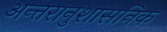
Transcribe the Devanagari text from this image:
अन्तरानुशासनिक